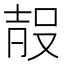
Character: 𭮰